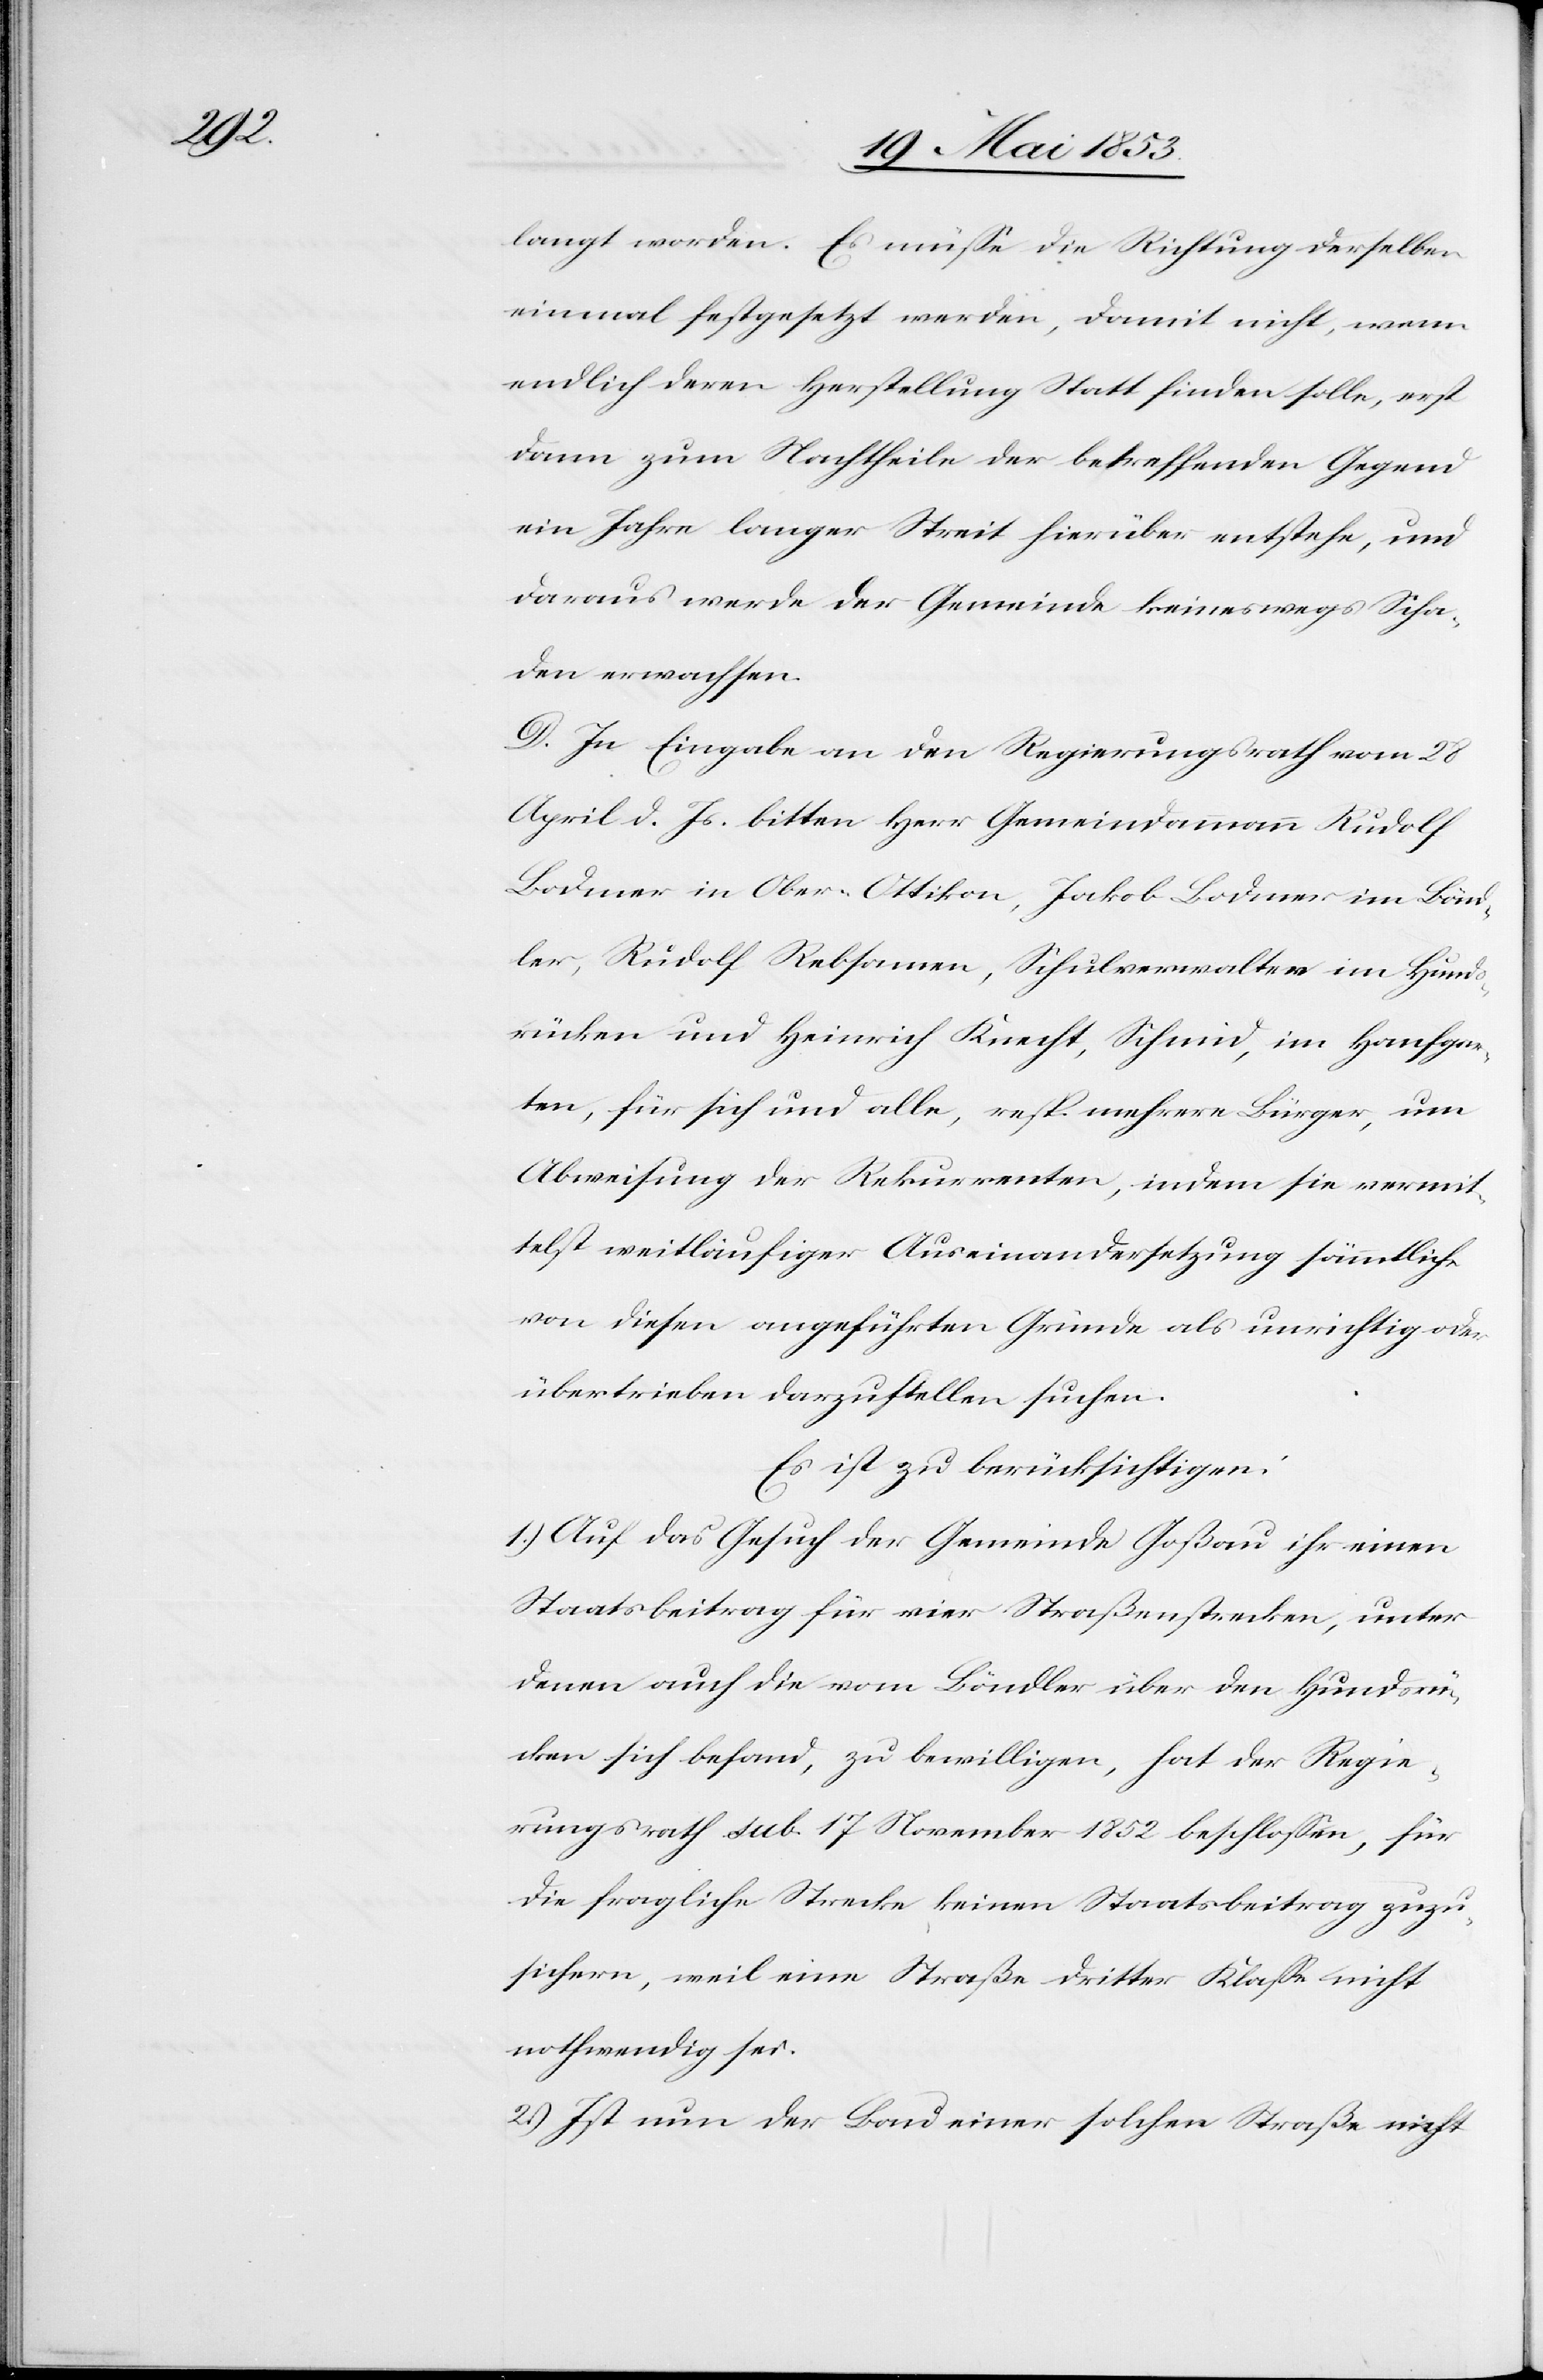
langt worden. Es müße die Richtung derselben
einmal festgesetzt werden, damit nicht, wenn
endlich deren Herstellung Statt finden solle, erst
dann zum Nachtheile der betreffenden Gegend
ein Jahre langer Streit hierüber entstehe, und
daraus werde der Gemeinde keineswegs Scha¬
den erwachsen.
D. In Eingabe an den Regierungsrath vom 28
d. Js. bitten Herr Gemeindammann Rudolf
Bodmer in Ober-Ottikon, Jakob Bodmer im Bönd¬
ler, Rudolf Rebsamen, Schulverwalter im Hund¬
rücken und Heinrich Knecht, Schmid, im Hanfgar¬
ten, für sich und alle, resp. mehrere Bürger, um
Abweisung der Rekurrenten indem sie vermit¬
telst weitläufiger Auseinandersetzung sämmtliche
von diesen angeführten Gründe als unrichtig oder
übertrieben darzustellen suchen.
Es ist zu berücksichtigen:
1) Auf das Gesuch der Gemeinde Goßau ihr einen
Staatsbeitrag für vier Straßenstrecken, unter
denen auch die vom Böndler über den Hundsrüc¬
ken sich befand, zu bewilligen, hat der Regie¬
rungsrath sub. 17 November 1852 beschloßen, für
die fragliche Strecke keinen Staatsbeitrag zuzu¬
sichern, weil eine Straße dritter Klaße nicht
nothwendig sei.
2) Ist nun der Bau einer solchen Straße nicht